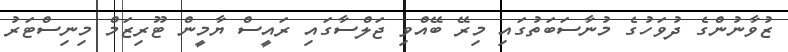
ޒުވާނުންގެ ދުވަހުގެ މުނާސަބަތުގައި މިރޭ ބޭއްވި ޖަލްސާގައި ރައީސް ޔާމީން ޓޫރިޒަމް މިނިސްޓަރު